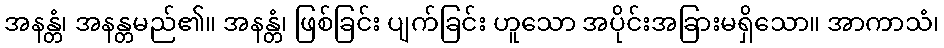
အနန္တံ၊ အနန္တမည်၏။ အနန္တံ၊ ဖြစ်ခြင်း ပျက်ခြင်း ဟူသော အပိုင်းအခြားမရှိသော။ အာကာသံ၊